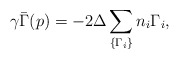
\begin{align*}\gamma \bar \Gamma(p) = -2 \Delta\sum_{\{\Gamma_i\}} n_i \Gamma_i,\end{align*}